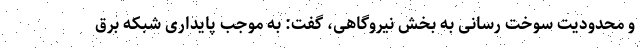
و محدودیت سوخت رسانی به بخش نیروگاهی، گفت: به موجب پایداری شبکه برق